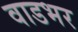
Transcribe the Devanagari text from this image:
वाडभर